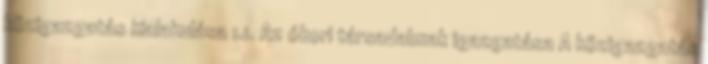
közigazgatás kialakulása 1.1. Az ókori társadalmak igazgatása A közigazgatás